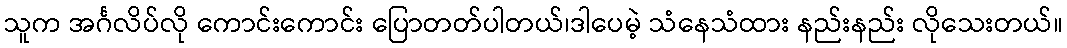
သူက အင်္ဂလိပ်လို ကောင်းကောင်း ပြောတတ်ပါတယ်၊ဒါပေမဲ့ သံနေသံထား နည်းနည်း လိုသေးတယ်။